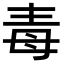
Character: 毒